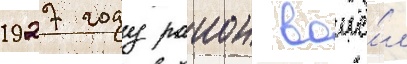
1927 году раион вошё́л